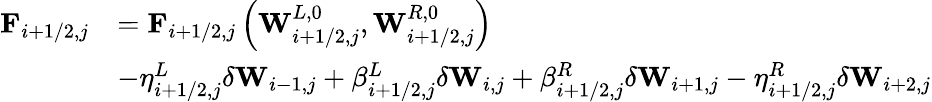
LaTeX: \begin{array}{rl}{\mathbf{F}_{i+1/2,j}}&{=\mathbf{F}_{i+1/2,j}\left(\mathbf{W}_{i+1/2,j}^{L,0},\mathbf{W}_{i+1/2,j}^{R,0}\right)}\\ &{-\eta_{i+1/2,j}^{L}\delta\mathbf{W}_{i-1,j}+\beta_{i+1/2,j}^{L}\delta\mathbf{W}_{i,j}+\beta_{i+1/2,j}^{R}\delta\mathbf{W}_{i+1,j}-\eta_{i+1/2,j}^{R}\delta\mathbf{W}_{i+2,j}}\end{array}